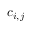
c _ { i , j }